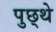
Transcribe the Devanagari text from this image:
पुछ्थे